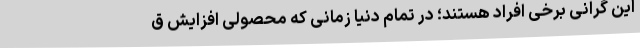
این گرانی برخی افراد هستند؛ در تمام دنیا زمانی که محصولی افزایش ق